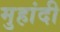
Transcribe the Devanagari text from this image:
मुहांदी